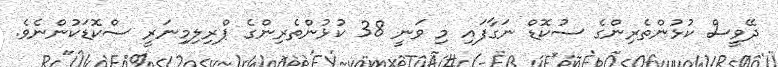
ދޭވީސް ކުޅުންތެރިންގެ ސުކޮޑް ނަގާފައި މި ވަނީ 38 ކުޅުންތެރިންގެ ޕްރިލިމިނަރީ ސްކޮޑަކުންނެވެ.